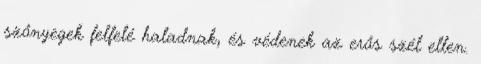
szőnyegek felfelé haladnak, és védenek az erős szél ellen.